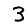
Digit: 3